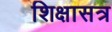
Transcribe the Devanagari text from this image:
शिक्षासत्र